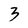
Character: 3